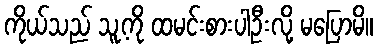
ကိုယ်သည် သူ့ကို ထမင်းစားပါဦးလို့ မပြောမိ။